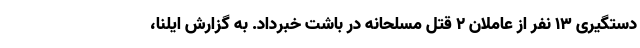
دستگیری 13 نفر از عاملان 2 قتل مسلحانه در باشت خبرداد. به گزارش ایلنا،